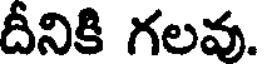
దీనికి గలవ.